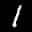
Label: 1